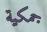
جمكية